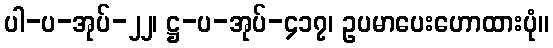
ပါ-ပ-အုပ်-၂၂၊ ဋ္ဌ-ပ-အုပ်-၄၁၇၊ ဥပမာပေးဟောထားပုံ။